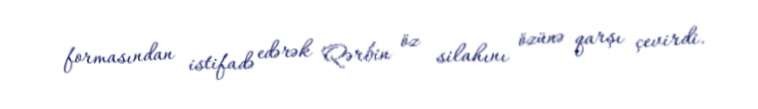
formasından istifadə edərək Qərbin öz silahını özünə qarşı çevirdi.